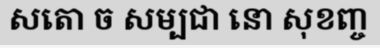
សតោ ច សម្បជា នោ សុខញ្ច